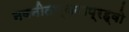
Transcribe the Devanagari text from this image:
नवनीतार्थनाप्रह्वो